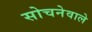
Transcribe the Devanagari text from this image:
सोचनेवाले